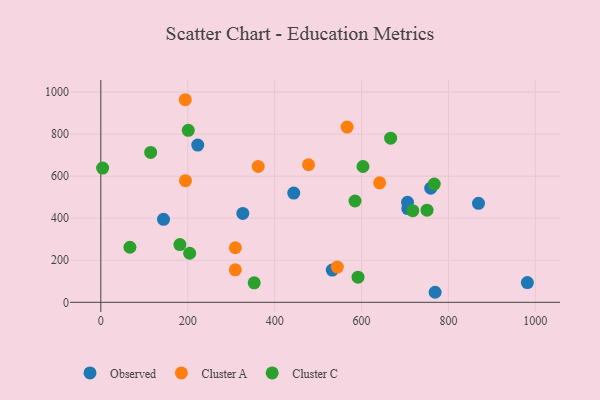
{"axis": {"x": "Engine Size", "y": "Exam Score"}, "legend": ["Cluster A", "Cluster C", "Observed"], "data": [{"x": "706.4", "y": 446.1, "type": "Observed"}, {"x": "326.8", "y": 422.7, "type": "Observed"}, {"x": "705.8", "y": 475.9, "type": "Observed"}, {"x": "532.6", "y": 153.6, "type": "Observed"}, {"x": "444.0", "y": 519.9, "type": "Observed"}, {"x": "223.1", "y": 747.8, "type": "Observed"}, {"x": "981.6", "y": 93.9, "type": "Observed"}, {"x": "759.2", "y": 542.8, "type": "Observed"}, {"x": "869.1", "y": 470.8, "type": "Observed"}, {"x": "769.3", "y": 47.8, "type": "Observed"}, {"x": "144.3", "y": 394.8, "type": "Observed"}, {"x": "641.6", "y": 568.2, "type": "Cluster A"}, {"x": "362.2", "y": 646.6, "type": "Cluster A"}, {"x": "194.8", "y": 578.5, "type": "Cluster A"}, {"x": "566.8", "y": 833.4, "type": "Cluster A"}, {"x": "309.5", "y": 154.6, "type": "Cluster A"}, {"x": "544.3", "y": 167.5, "type": "Cluster A"}, {"x": "194.4", "y": 963.7, "type": "Cluster A"}, {"x": "309.6", "y": 259.6, "type": "Cluster A"}, {"x": "478.0", "y": 654.5, "type": "Cluster A"}, {"x": "717.9", "y": 435.8, "type": "Cluster C"}, {"x": "353.0", "y": 92.8, "type": "Cluster C"}, {"x": "182.0", "y": 274.8, "type": "Cluster C"}, {"x": "204.5", "y": 233.4, "type": "Cluster C"}, {"x": "201.3", "y": 818.1, "type": "Cluster C"}, {"x": "114.7", "y": 713.0, "type": "Cluster C"}, {"x": "585.0", "y": 482.0, "type": "Cluster C"}, {"x": "666.9", "y": 780.8, "type": "Cluster C"}, {"x": "4.2", "y": 638.8, "type": "Cluster C"}, {"x": "767.3", "y": 562.6, "type": "Cluster C"}, {"x": "591.9", "y": 119.4, "type": "Cluster C"}, {"x": "67.0", "y": 262.0, "type": "Cluster C"}, {"x": "603.3", "y": 646.0, "type": "Cluster C"}, {"x": "750.7", "y": 438.1, "type": "Cluster C"}]}